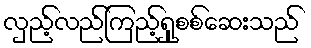
လှည့်လည်ကြည့်ရှုစစ်ဆေးသည်